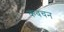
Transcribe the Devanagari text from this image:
कवचन